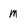
Character: m